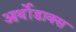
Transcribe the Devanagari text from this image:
आर्थोडाक्स